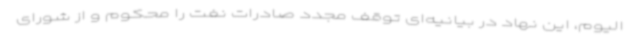
الیوم، این نهاد در بیانیه‌ای توقف مجدد صادرات نفت را محکوم و از شورای